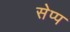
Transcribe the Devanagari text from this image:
सेप्प